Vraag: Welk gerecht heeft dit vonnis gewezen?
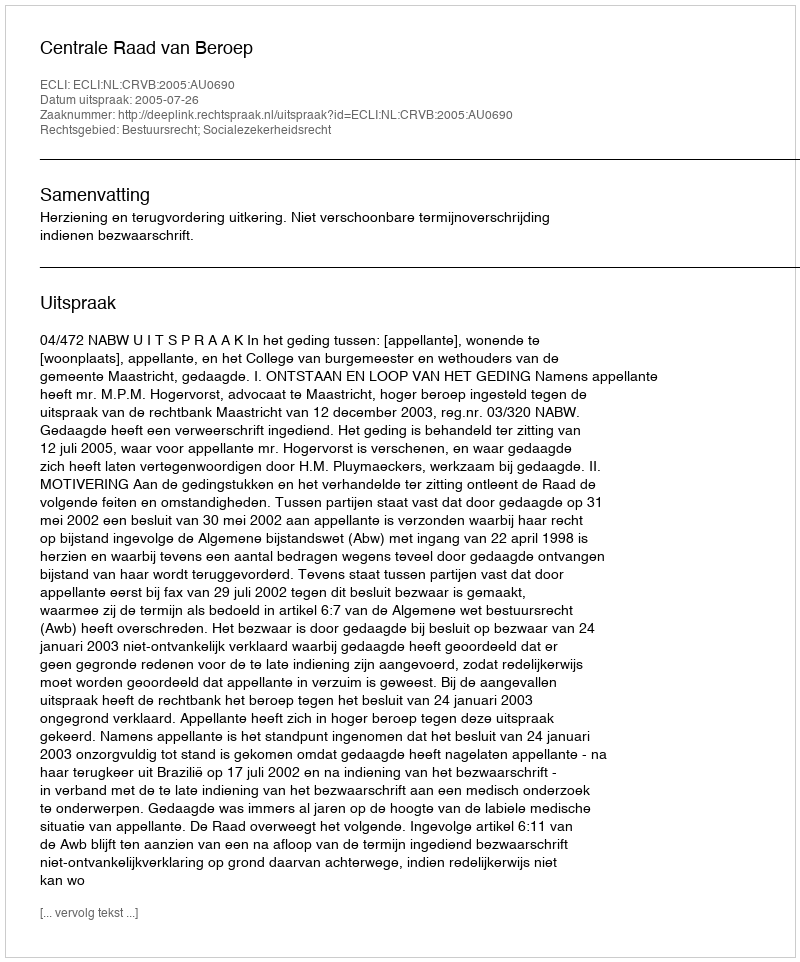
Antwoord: Centrale Raad van Beroep